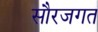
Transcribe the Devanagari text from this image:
सौरजगत